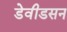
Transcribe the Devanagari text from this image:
डेवीडसन